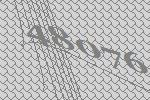
48076